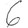
Digit: 6